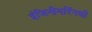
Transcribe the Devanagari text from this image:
इंजिनीयरिंगची